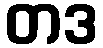
တဒ